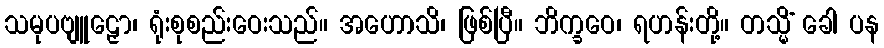
သမုပဗျူဠှော၊ ရုံးစုစည်းဝေးသည်။ အဟောသိ၊ ဖြစ်ပြီ။ ဘိက္ခဝေ၊ ရဟန်းတို့။ တသ္မိံ ခေါ ပန